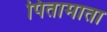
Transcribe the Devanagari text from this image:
पितामाता